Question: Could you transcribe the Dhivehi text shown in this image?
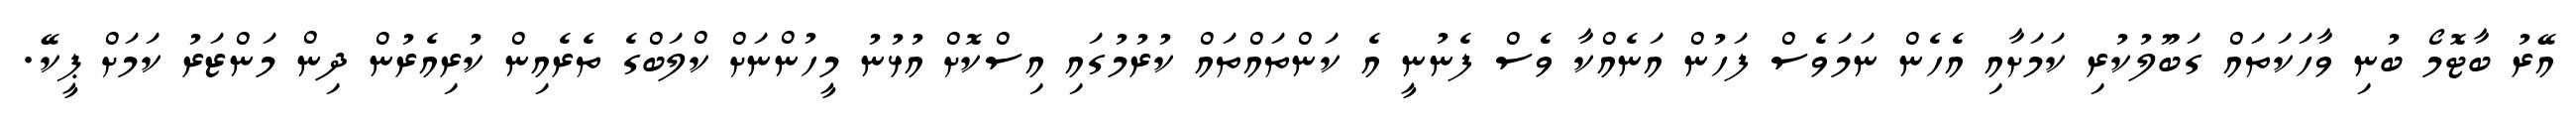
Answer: އޭރު ބާޓޮމޯ ބުނި ވާހަކަތައް ގަބޫލުކުރި ކަމަށާއި އެހެން ނަމަވެސް ފަހުން އަނެއްކާ ވެސް ފެނުނީ އެ ކަންތައްތައް ކުރުމުގައި އިސްކޮށް އުޅުނު މީހުންނަށް ކްލަބްގެ ތެރެއިން ކުރިއެރުން ދިން މަންޒަރު ކަމަށް ޕީކޭ.